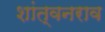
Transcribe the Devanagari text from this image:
शांत्वनराव